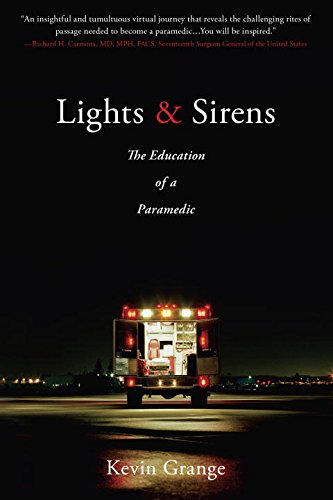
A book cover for Lights and Sirens: The Education of a Paramedic; Kevin Grange; Medical Books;